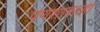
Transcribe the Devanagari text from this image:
पणशीकरही